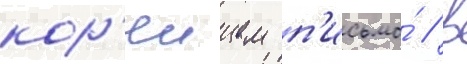
кор'еицем п'исьмо́ / в